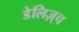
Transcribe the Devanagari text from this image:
डेलिज़्च